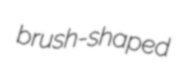
brush-shaped